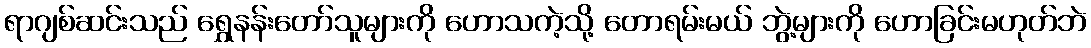
ရာဂျစ်ဆင်းသည် ရွှေနန်းတော်သူများကို ဟောသကဲ့သို့ တောရမ်းမယ် ဘွဲ့များကို ဟောခြင်းမဟုတ်ဘဲ